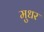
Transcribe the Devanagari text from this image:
मुधर